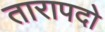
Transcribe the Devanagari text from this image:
तारापदो